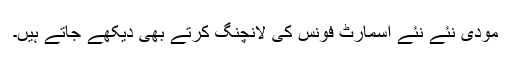
مودی نئے نئے اسمارٹ فونس کی لانچنگ کرتے بھی دیکھے جاتے ہیں۔